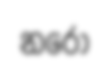
නරො